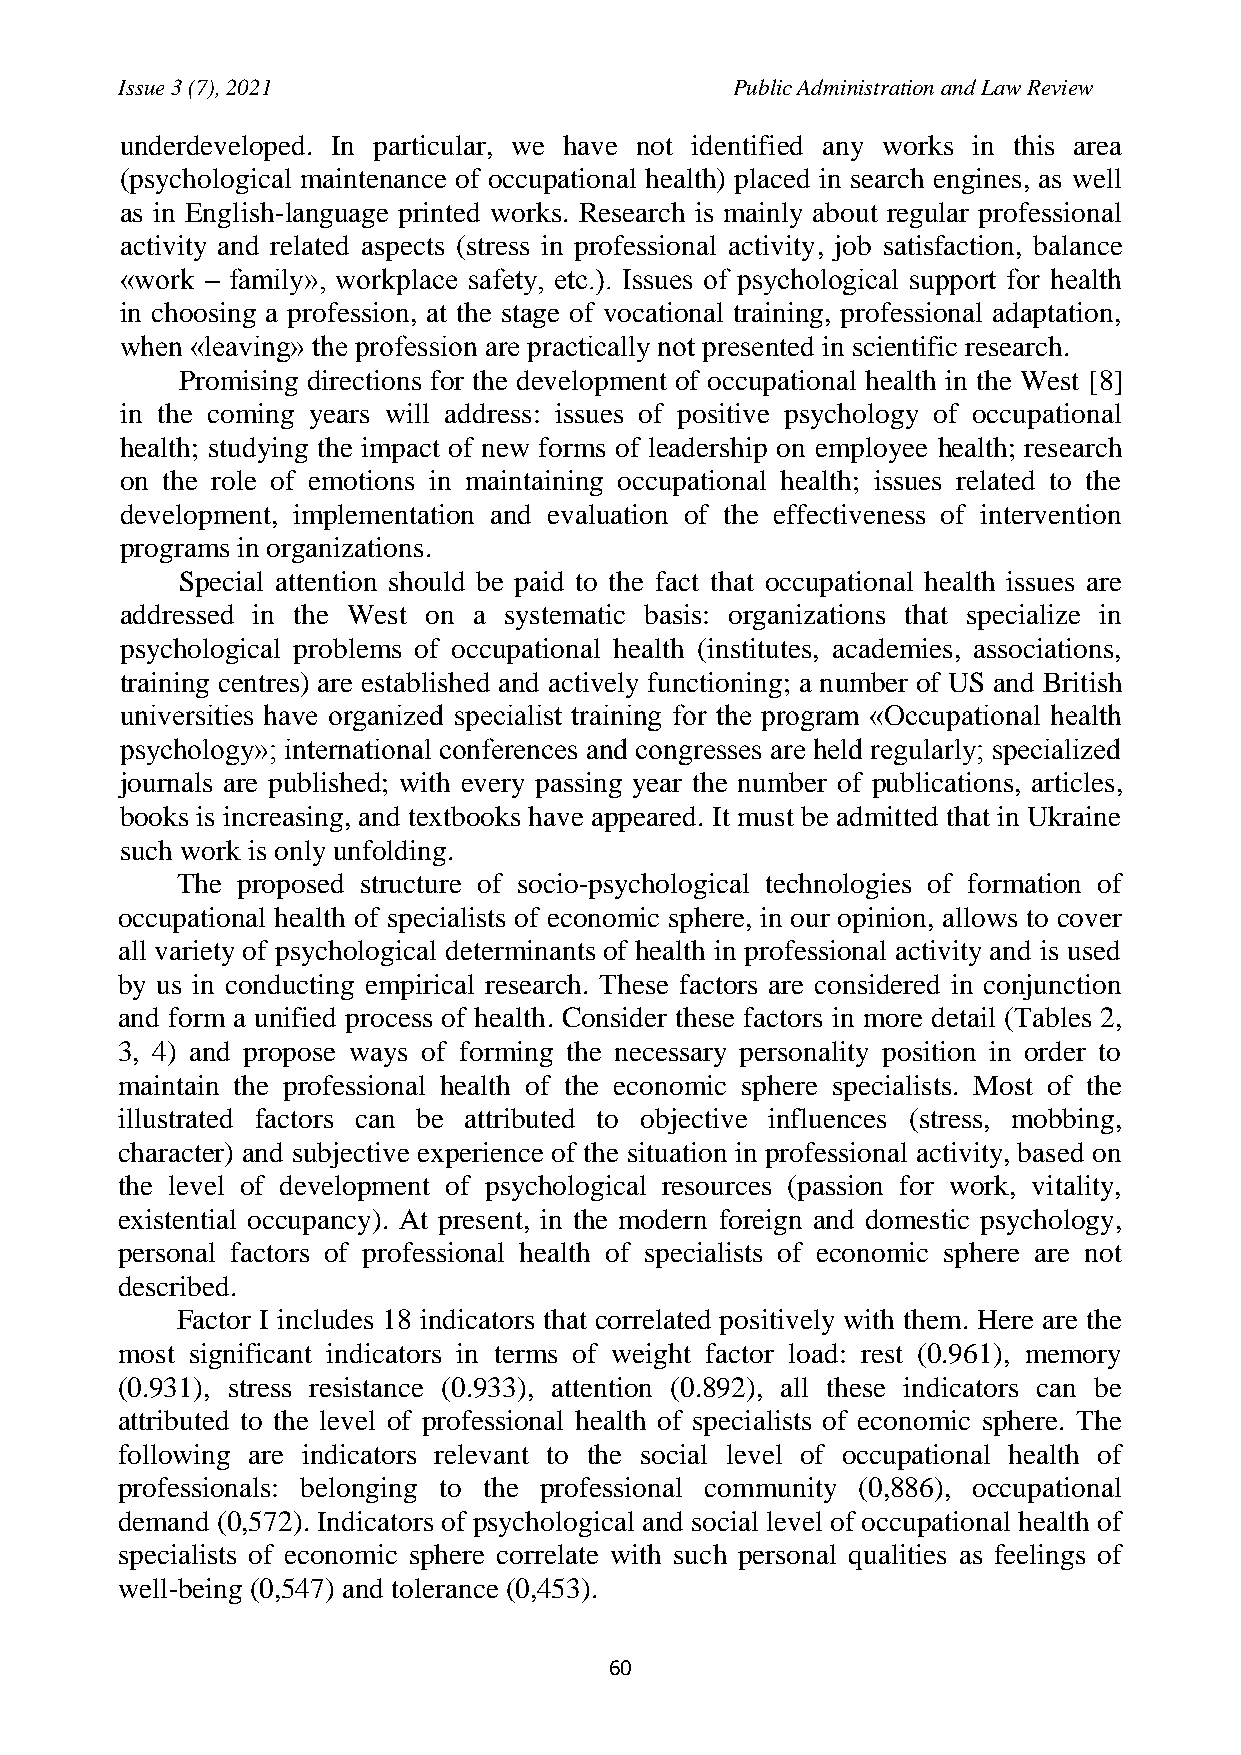
Issue 3 (7), 2021                       Public Administration and Law Review
 underdeveloped. In particular, we have not identified any works in this area
 (psychological maintenance of occupational health) placed in search engines, as well
 as in English-language printed works. Research is mainly about regular professional
 activity and related aspects (stress in professional activity, job satisfaction, balance
 «work – family», workplace safety, etc.). Issues of psychological support for health
 in choosing a profession, at the stage of vocational training, professional adaptation,
 when «leaving» the profession are practically not presented in scientific research.
 Promising directions for the development of occupational health in the West [8]
 in the coming years will address: issues of positive psychology of occupational
 health; studying the impact of new forms of leadership on employee health; research
 on the role of emotions in maintaining occupational health; issues related to the
 development, implementation and evaluation of the effectiveness of intervention
 programs in organizations.
 Special attention should be paid to the fact that occupational health issues are
 addressed in the West on a systematic basis: organizations that specialize in
 psychological problems of occupational health (institutes, academies, associations,
 training centres) are established and actively functioning; a number of US and British
 universities have organized specialist training for the program «Occupational health
 psychology»; international conferences and congresses are held regularly; specialized
 journals are published; with every passing year the number of publications, articles,
 books is increasing, and textbooks have appeared. It must be admitted that in Ukraine
 such work is only unfolding.
 The proposed structure of socio-psychological technologies of formation of
 occupational health of specialists of economic sphere, in our opinion, allows to cover
 all variety of psychological determinants of health in professional activity and is used
 by us in conducting empirical research. These factors are considered in conjunction
 and form a unified process of health. Consider these factors in more detail (Tables 2,
 3, 4) and propose ways of forming the necessary personality position in order to
 maintain the professional health of the economic sphere specialists. Most of the
 illustrated factors can be attributed to objective influences (stress, mobbing,
 character) and subjective experience of the situation in professional activity, based on
 the level of development of psychological resources (passion for work, vitality,
 existential occupancy). At present, in the modern foreign and domestic psychology,
 personal factors of professional health of specialists of economic sphere are not
 described.
 Factor I includes 18 indicators that correlated positively with them. Here are the
 most significant indicators in terms of weight factor load: rest (0.961), memory
 (0.931), stress resistance (0.933), attention (0.892), all these indicators can be
 attributed to the level of professional health of specialists of economic sphere. The
 following are indicators relevant to the social level of occupational health of
 professionals: belonging to the professional community (0,886), occupational
 demand (0,572). Indicators of psychological and social level of occupational health of
 specialists of economic sphere correlate with such personal qualities as feelings of
 well-being (0,547) and tolerance (0,453).
 60